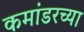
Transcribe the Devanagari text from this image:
कमांडरच्या